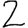
Digit: 2